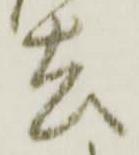
去